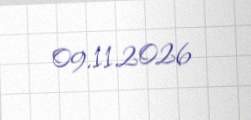
09.11.2026